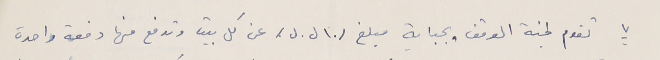
٧ تقوم لجنة الوقف بجباية مبلغ /١٠ ل.ل./ عن كل بيت وتدفع منها دفعة واحدة